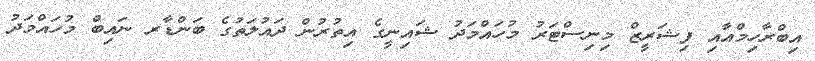
އިބްރާހިމްއާއި ފިޝަރީޒް މިނިސްޓަރު މުހައްމަދު ޝައިނީގެ އިތުރުން ދައުލަތުގެ ބަންޑާރ ނައިބް މުހައްމަދު